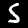
Digit: 5